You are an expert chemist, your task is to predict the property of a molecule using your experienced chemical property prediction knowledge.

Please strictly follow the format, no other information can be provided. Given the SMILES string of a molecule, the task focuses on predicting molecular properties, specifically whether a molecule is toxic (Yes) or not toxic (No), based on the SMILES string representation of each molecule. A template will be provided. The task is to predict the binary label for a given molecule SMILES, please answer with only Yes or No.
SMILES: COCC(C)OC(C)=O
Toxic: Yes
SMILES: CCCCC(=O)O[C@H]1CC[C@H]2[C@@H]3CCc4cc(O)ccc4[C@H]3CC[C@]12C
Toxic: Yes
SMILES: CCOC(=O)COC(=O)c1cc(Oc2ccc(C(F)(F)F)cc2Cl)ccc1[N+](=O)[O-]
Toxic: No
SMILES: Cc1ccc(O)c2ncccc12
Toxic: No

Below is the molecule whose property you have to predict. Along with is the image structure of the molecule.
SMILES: O=C(O)c1ccc(O)c(O)c1
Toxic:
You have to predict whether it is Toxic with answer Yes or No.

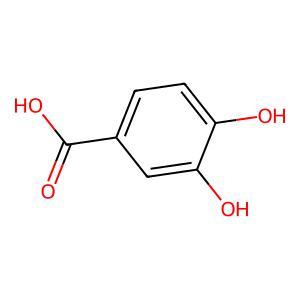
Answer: No